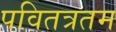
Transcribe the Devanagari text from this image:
पवितत्रतम